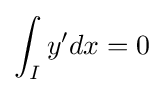
\int _{I}y'dx=0